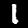
Digit: 1